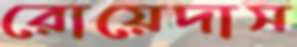
রোয়েদাস